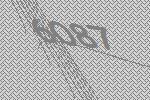
6087